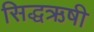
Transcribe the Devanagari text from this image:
सिद्धऋषी